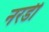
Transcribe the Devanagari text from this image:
नरडी